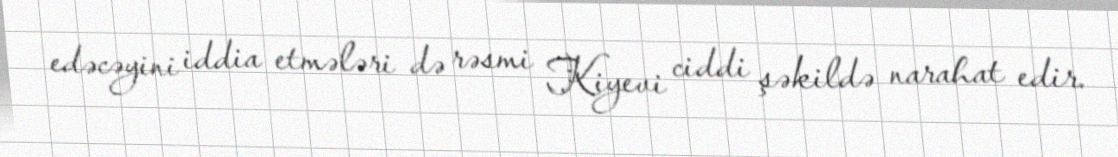
edəcəyini iddia etmələri də rəsmi Kiyevi ciddi şəkildə narahat edir.